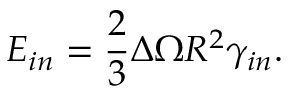
E _ { i n } = \frac { 2 } { 3 } \Delta \Omega R ^ { 2 } \gamma _ { i n } .